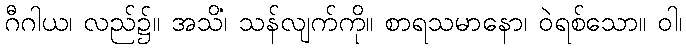
ဂီဂါယ၊ လည်၌။ အသိံ၊ သန်လျက်ကို။ စာရသမာနော၊ ဝဲရစ်သော။ ဝါ၊